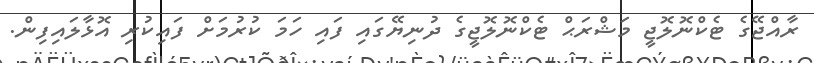
ރާއްޖޭގެ ޓެކްނޮލޮޖީ މަޝްރަޙް ޓެކްނޮލޮޖީގެ ދުނިޔޭގައި ފައި ހަމަ ކުރުމަށް ފައިކުރި އޮޅާލައިފިން.